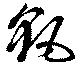
颻